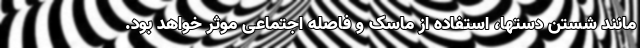
مانند شستن دستها، استفاده از ماسک و فاصله اجتماعی موثر خواهد بود.